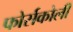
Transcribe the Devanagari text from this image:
फोर्सकोली